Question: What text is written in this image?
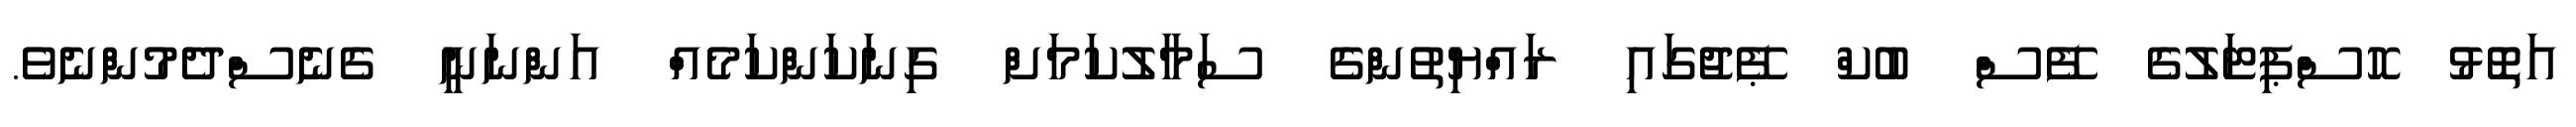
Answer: އަތޮޅު ހޮސްޕިޓަލުގެ ފޭސް ބުކް ޕޭޖުގައި ރައްޔިތުންގެ ސަމާލުކަމަށް ގިނަކަންކަމެއް އަންނަނީ ގެނެސްދެމުންނެވެ.